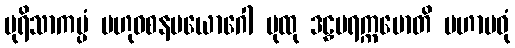
ပုရိသာကပ္ပံ ဗဟုဝစနပယောဂေါ ပုထု ဒဠှပရက္ကမောတိ မဟာမဓုံ